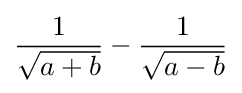
{\frac {1}{\sqrt {a+b}}}-{\frac {1}{\sqrt {a-b}}}